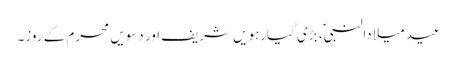
عید میلادالنبیؐ، بڑی گیارہویں شریف اور دسویں محرم کے روز۔